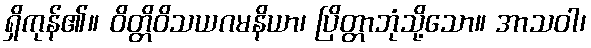
ရှိကုန်၏။ ဝိတ္တိဝိသယဂမနိယာ၊ ပြိတ္တာဘုံသို့သော။ အာသဝါ၊